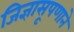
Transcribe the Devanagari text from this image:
जिज्ञासूपणाने